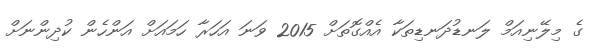
ގެ މިލޭނިއަމް ލަނޑުދަނޑިތަކާ އެއްގޮތަށް 2015 ވަނަ އަހަރާ ހަމައަށް އަންހެން ކުދިންނަށް